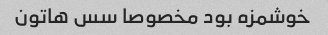
خوشمزه بود مخصوصا سس هاتون